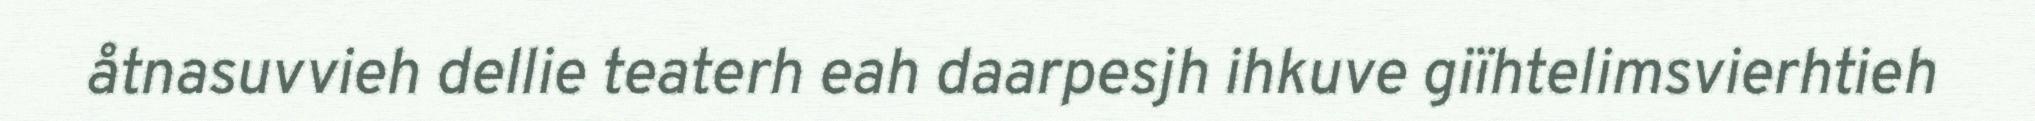
åtnasuvvieh dellie teaterh eah daarpesjh ihkuve giïhtelimsvierhtieh